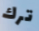
ترك